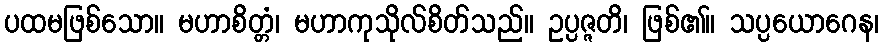
ပထမဖြစ်သော။ မဟာစိတ္တံ၊ မဟာကုသိုလ်စိတ်သည်။ ဥပ္ပဇ္ဇတိ၊ ဖြစ်၏။ သပ္ပယောဂေန၊